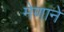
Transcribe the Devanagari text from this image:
मेणाने